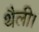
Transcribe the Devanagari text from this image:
थैली।